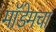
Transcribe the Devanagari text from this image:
मॉडेमचा